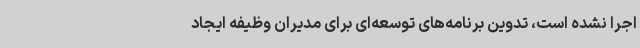
اجرا نشده است، تدوین برنامه‌های توسعه‌ای برای مدیران وظیفه ایجاد